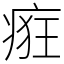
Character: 㾠